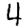
Digit: 4